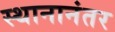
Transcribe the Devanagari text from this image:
स्थानानंतर